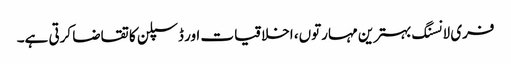
فری لانسنگ بہترین مہارتوں، اخلاقیات اور ڈسپلن کا تقاضا کرتی ہے۔